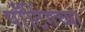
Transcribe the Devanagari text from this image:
पाँटिंगच्या